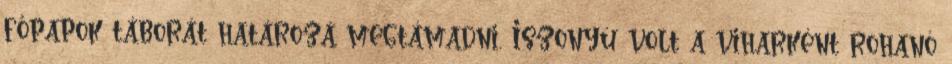
főpapok táborát határozá megtámadni. Iszonyú volt a viharként rohanó